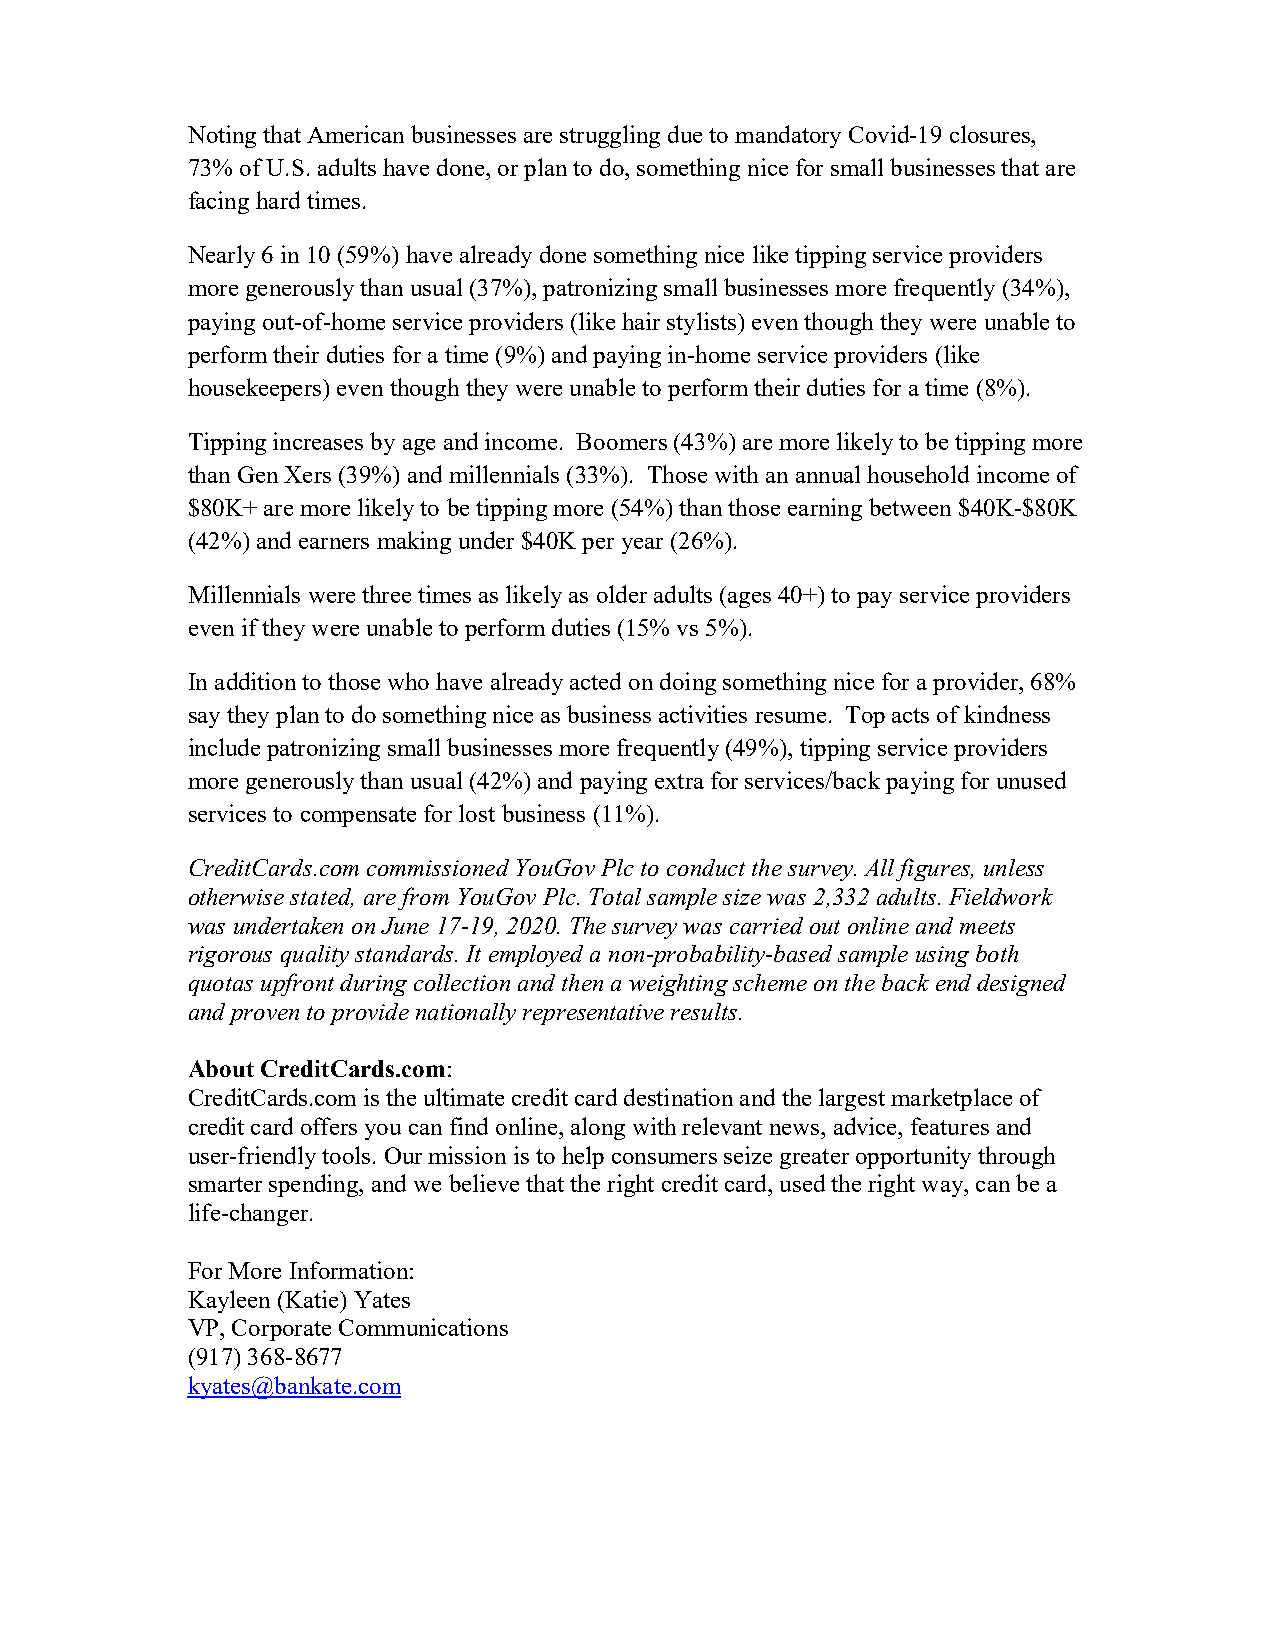
Noting that American businesses are struggling due to mandatory Covid-19 closures,
 73% of U.S. adults have done, or plan to do, something nice for small businesses that are
 facing hard times.
 Nearly 6 in 10 (59%) have already done something nice like tipping service providers
 more generously than usual (37%), patronizing small businesses more frequently (34%),
 paying out-of-home service providers (like hair stylists) even though they were unable to
 perform their duties for a time (9%) and paying in-home service providers (like
 housekeepers) even though they were unable to perform their duties for a time (8%).
 Tipping increases by age and income. Boomers (43%) are more likely to be tipping more
 than Gen Xers (39%) and millennials (33%). Those with an annual household income of
 $80K+ are more likely to be tipping more (54%) than those earning between $40K-$80K
 (42%) and earners making under $40K per year (26%).
 Millennials were three times as likely as older adults (ages 40+) to pay service providers
 even if they were unable to perform duties (15% vs 5%).
 In addition to those who have already acted on doing something nice for a provider, 68%
 say they plan to do something nice as business activities resume. Top acts of kindness
 include patronizing small businesses more frequently (49%), tipping service providers
 more generously than usual (42%) and paying extra for services/back paying for unused
 services to compensate for lost business (11%).
 CreditCards.com commissioned YouGov Plc to conduct the survey. All figures, unless
 otherwise stated, are from YouGov Plc. Total sample size was 2,332 adults. Fieldwork
 was undertaken on June 17-19, 2020. The survey was carried out online and meets
 rigorous quality standards. It employed a non-probability-based sample using both
 quotas upfront during collection and then a weighting scheme on the back end designed
 and proven to provide nationally representative results.
 About CreditCards.com:
 CreditCards.com is the ultimate credit card destination and the largest marketplace of
 credit card offers you can find online, along with relevant news, advice, features and
 user-friendly tools. Our mission is to help consumers seize greater opportunity through
 smarter spending, and we believe that the right credit card, used the right way, can be a
 life-changer.
 For More Information:
 Kayleen (Katie) Yates
 VP, Corporate Communications
 (917) 368-8677
 kyates@bankate.com